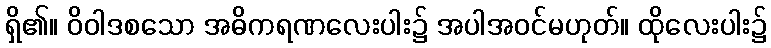
ရှိ၏။ ဝိဝါဒစသော အဓိကရဏလေးပါး၌ အပါအဝင်မဟုတ်။ ထိုလေးပါး၌